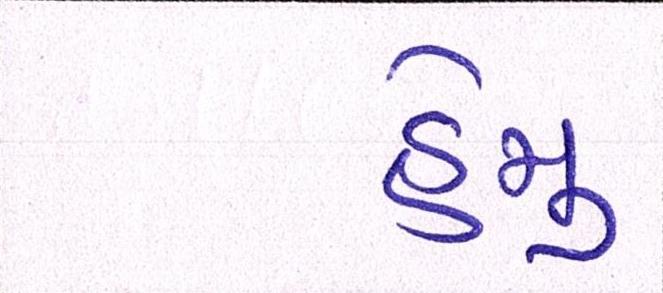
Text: હેમુ